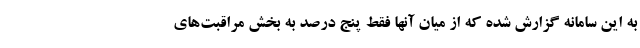
به این سامانه گزارش شده که از میان آنها فقط پنج درصد به بخش مراقبت‌های